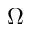
\Omega